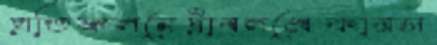
প্রতিফলনেট্রাবলমেকারস